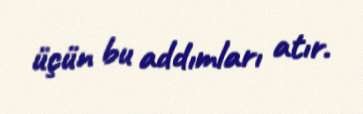
üçün bu addımları atır.